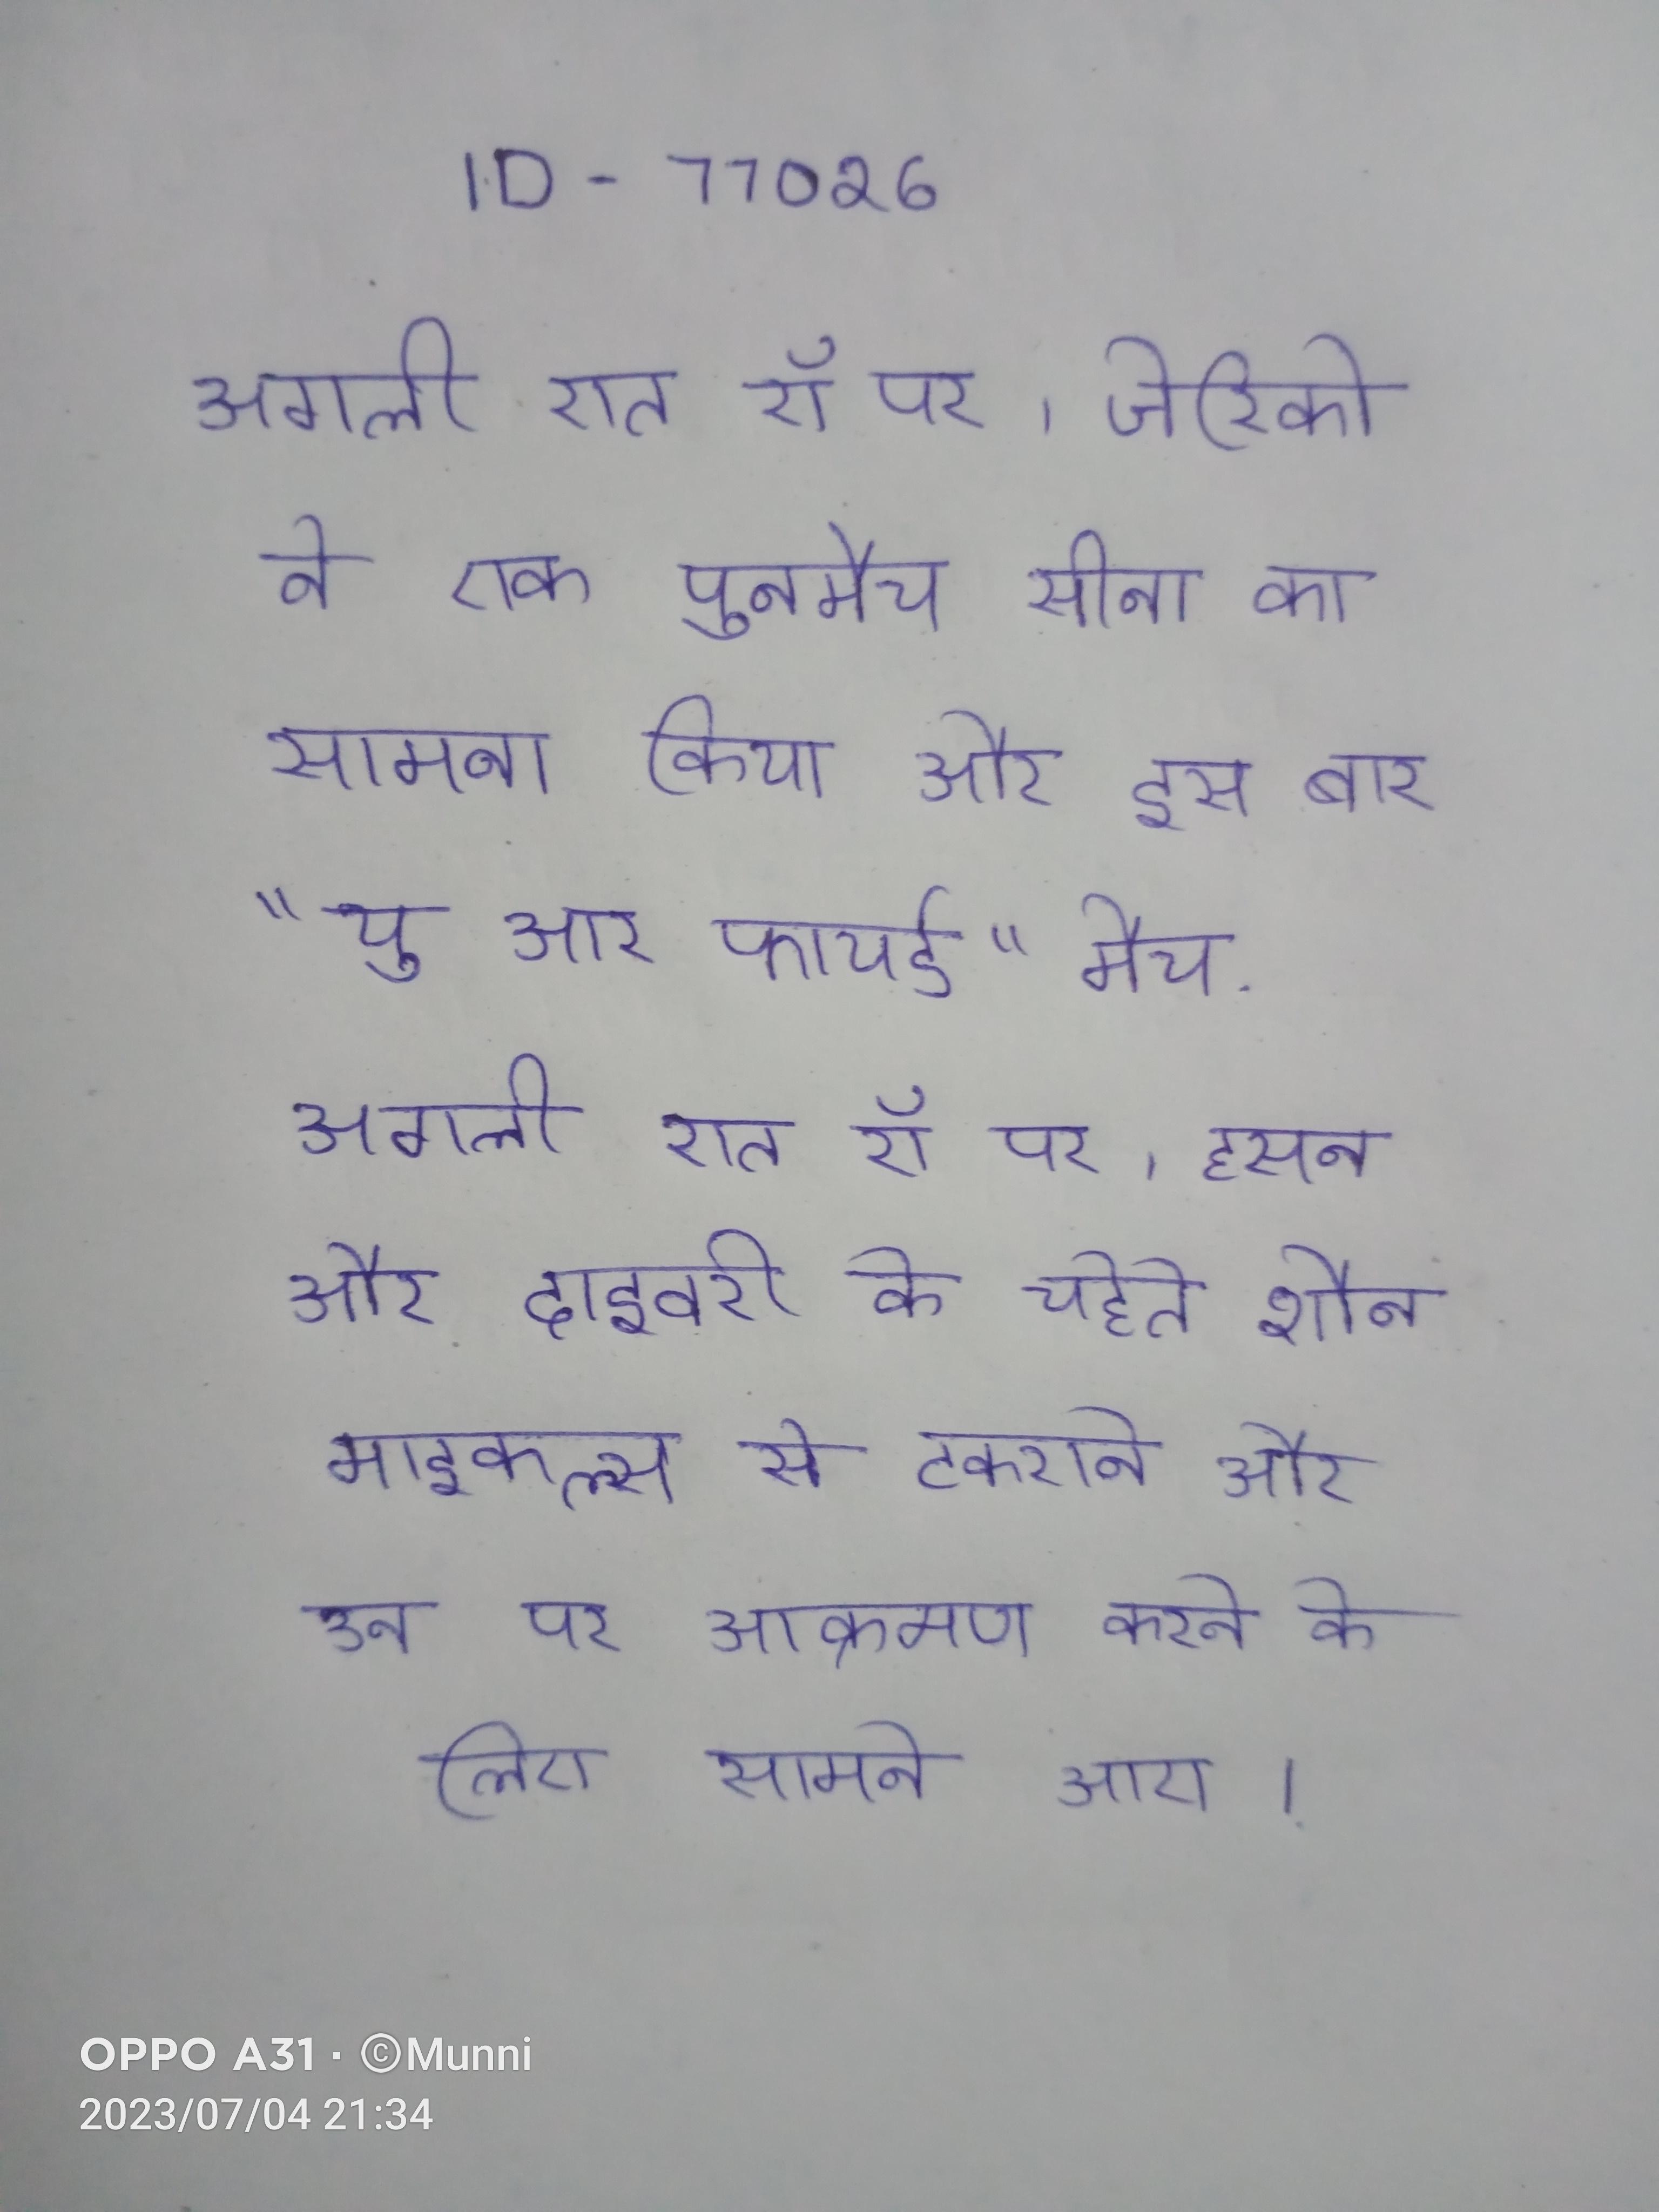
अगली रात रॉ पर, जेरिको ने एक पुनर्मेच सीना का सामना किया और इस बार "यु आर फायर्ड" मैच . अगली रात रॉ पर, हसन और दाइवरी के चहेते शौन माइकल्स से टकराने और उन पर आक्रमण करने के लिए सामने आए ।